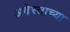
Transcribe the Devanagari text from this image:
अवेस्ताच्या